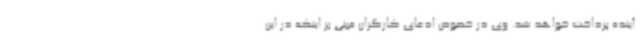
آینده پرداخت خواهد شد. وی در خصوص ادعای کارگران مبنی بر اینکه در این